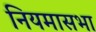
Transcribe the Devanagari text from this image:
नियमासभा